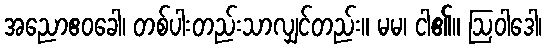
အညောဧဝခေါ၊ တစ်ပါးတည်းသာလျှင်တည်း။ မမ၊ ငါ၏။ ဩဝါဒေါ၊